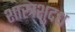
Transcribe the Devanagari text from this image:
शास्त्रशुदध